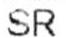
SR